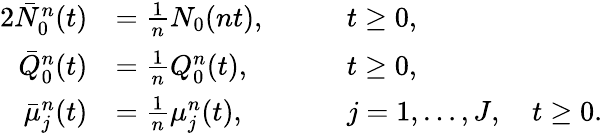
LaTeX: \begin{array}{rlrl}{{2}\bar{N}_{0}^{n}(t)}&{=\frac{1}{n}N_{0}(nt),\quad}&&{t\ge 0,}\\ {\bar{Q}_{0}^{n}(t)}&{=\frac{1}{n}Q_{0}^{n}(t),\quad}&&{t\ge 0,}\\ {\bar{\mu}_{j}^{n}(t)}&{=\frac{1}{n}\mu_{j}^{n}(t),\quad}&&{j=1,\dots,J,\quad t\ge 0.}\end{array}